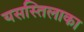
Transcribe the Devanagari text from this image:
यसस्तिलाका